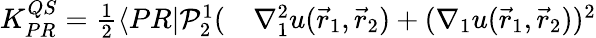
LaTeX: \begin{array}{rl}{K_{PR}^{QS}=\frac{1}{2}\langle{PR}|\mathcal P_{2}^{1}(}&{{}\nabla_{1}^{2}u(\vec{r}_{1},\vec{r}_{2})+(\nabla_{1}u(\vec{r}_{1},\vec{r}_{2}))^{2}}\end{array}